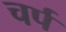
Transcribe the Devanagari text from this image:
चर्प